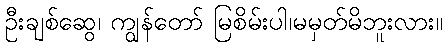
ဦးချစ်ဆွေ၊ ကျွန်တော် မြစိမ်းပါ၊မမှတ်မိဘူးလား။